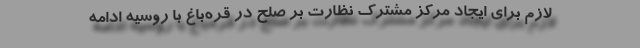
لازم‌ برای ایجاد مرکز مشترک نظارت بر صلح در قره‌باغ با روسیه ادامه